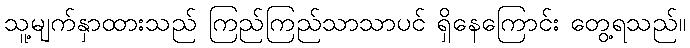
သူ့မျက်နှာထားသည် ကြည်ကြည်သာသာပင် ရှိနေကြောင်း တွေ့ရသည်။